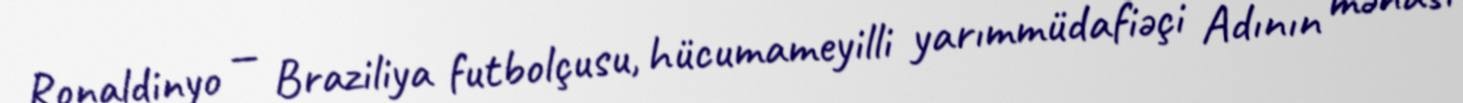
Ronaldinyo — Braziliya futbolçusu, hücumameyilli yarımmüdafiəçi Adının mənası